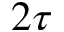
2 \tau